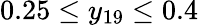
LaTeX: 0.25\leq y_{19}\leq 0.4